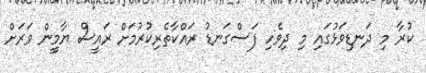
ކުރާ މި ދަނޑިވަޅުގައި މި ދިވެހި ފަސްގަނޑު ރައްކާތެރިކުރުމަށް ރައީސް ޔާމީން ވަރަށް